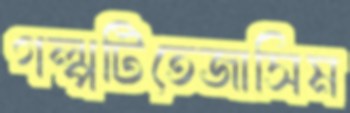
গল্পটিতেজাসিম